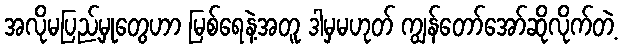
အလိုမပြည့်မှုတွေဟာ မြစ်ရေနဲ့အတူ ဒါမှမဟုတ် ကျွန်တော်အော်ဆိုလိုက်တဲ့